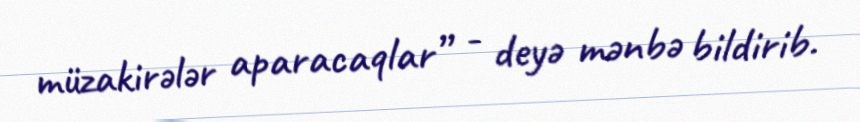
müzakirələr aparacaqlar” - deyə mənbə bildirib.